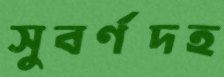
সুবর্ণদহ